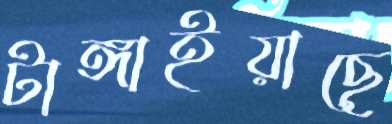
টাঙ্গাইয়াছে